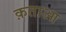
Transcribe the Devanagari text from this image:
क़ताआ